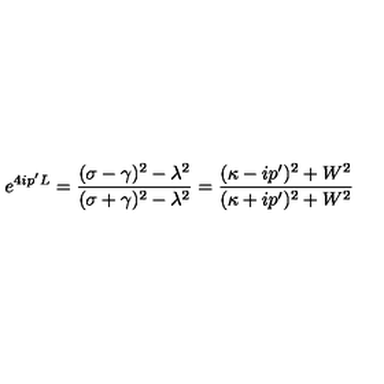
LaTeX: e ^ { 4 i p ^ { \prime } L } = \frac { ( \sigma - \gamma ) ^ { 2 } - \lambda ^ { 2 } } { ( \sigma + \gamma ) ^ { 2 } - \lambda ^ { 2 } } = \frac { ( \kappa - i p ^ { \prime } ) ^ { 2 } + W ^ { 2 } } { ( \kappa + i p ^ { \prime } ) ^ { 2 } + W ^ { 2 } }